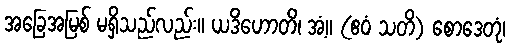
အခြေအမြစ် မရှိသည်လည်း။ ယဒိဟောတိ၊ အံ့။ (ဧဝံ သတိ) စောဒေတုံ၊